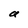
Character: a